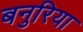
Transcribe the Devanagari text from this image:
बनुरिया